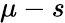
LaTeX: \mu-s